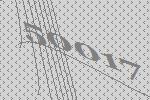
50017